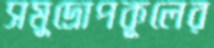
সমুদ্রোপকূলের